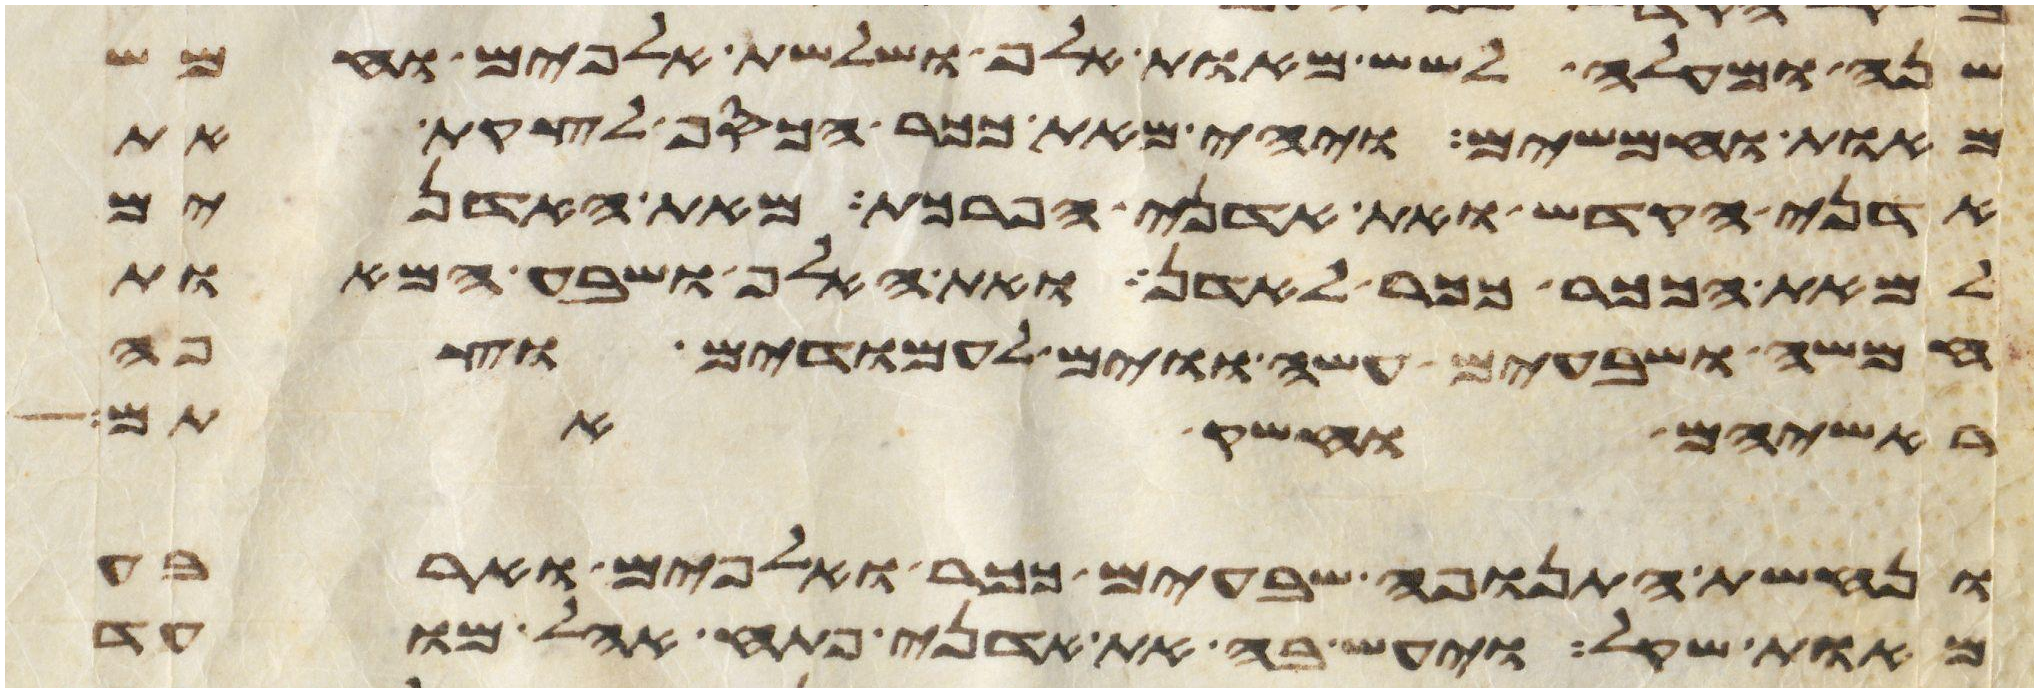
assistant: שנה ומעלה לשש מאות אלף ושלשת אלפים וחמש
מאות וחמשים ויהי מאת ככר הכסף לקצת את
אדני הקדש ואת אדני הפרכת מאת האדנים
למאת הככר ככר לאדן ואת האלף ושבע המאות
חמשה ושבעים עשה ווים לעמודים וצפה
ראשיהם וחשק אתם
ונחשת התנופה שבעים ככר ואלפים וארבע
מאות שקל ויעש בה את אדני פתח אהל מועד